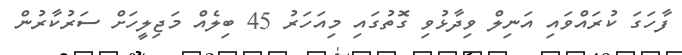
ފާހަގަ ކުރައްވައި އަނިލް ވިދާޅުވި ގޮތުގައި މިއަހަރު 45 ބިލެއް މަޖިލީހަށް ސަރުކާރުން